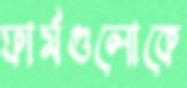
ফার্মগুলোকে